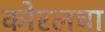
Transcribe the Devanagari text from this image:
कोरलचा